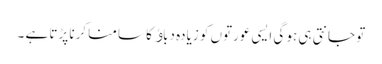
تو جانتی ہی ہو گی ایسی عورتوں کو زیادہ دباﺅ کا سامنا کرنا پڑتا ہے ۔